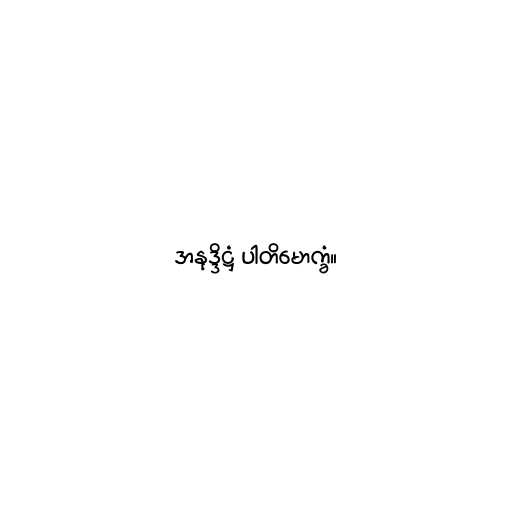
အနုဒ္ဒိဋ္ဌံ ပါတိမောက္ခံ။